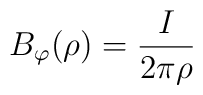
B_{\varphi}(\rho )=\frac{I}{2\pi\rho}